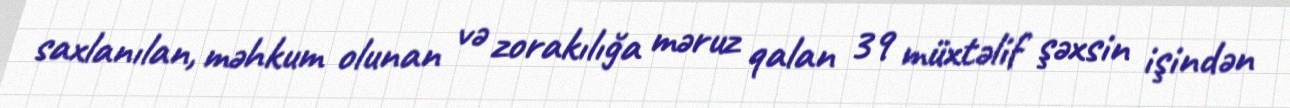
saxlanılan, məhkum olunan və zorakılığa məruz qalan 39 müxtəlif şəxsin işindən